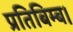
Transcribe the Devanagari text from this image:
प्रतिबिम्ब।